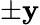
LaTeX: \pm\mathbf{y}